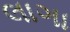
લાગા